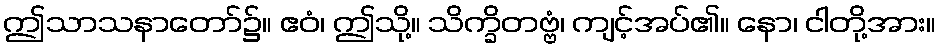
ဤသာသနာတော်၌။ ဧဝံ၊ ဤသို့။ သိက္ခိတဗ္ဗံ၊ ကျင့်အပ်၏။ နော၊ ငါတို့အား။